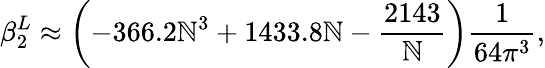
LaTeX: \beta_{2}^{L}\approx\left(-366.2\mathbb{N}^{3}+1433.8\mathbb{N}-\frac{{2143}}{{\mathbb{N}}}\right)\frac{{1}}{{64\pi^{3}}},